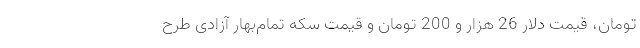
تومان، قیمت دلار 26 هزار و 200 تومان و قیمت سکه تمام‌بهار آزادی طرح